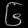
Digit: ၆